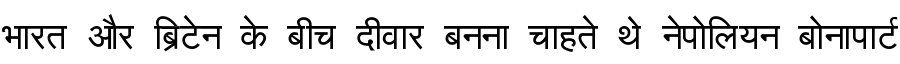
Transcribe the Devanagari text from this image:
भारत और ब्रिटेन के बीच दीवार बनना चाहते थे नेपोलियन बोनापार्ट